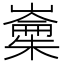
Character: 𱤢